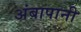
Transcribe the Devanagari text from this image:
अंबापानी